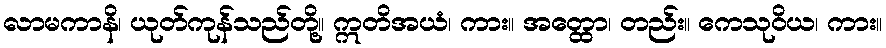
လာမကာနိ၊ ယုတ်ကုန်သည်တို့။ ဣတိအယံ၊ ကား။ အတ္ထော၊ တည်း။ ကေသုဝိယ၊ ကား။